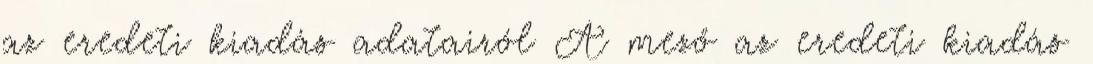
az eredeti kiadás adatairól A mező az eredeti kiadás